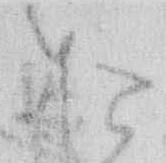
お